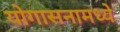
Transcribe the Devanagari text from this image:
योगासनामध्ये